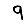
Digit: 9